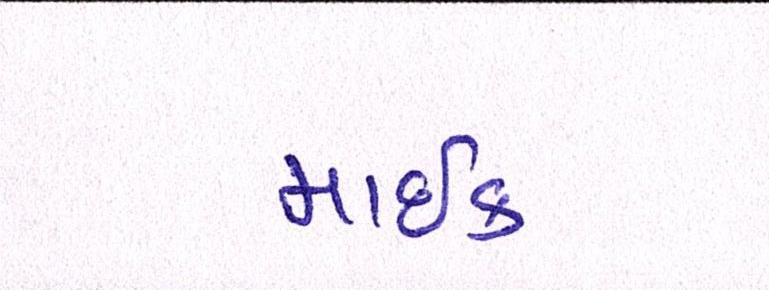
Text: માઇક